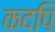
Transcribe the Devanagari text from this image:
कदपि